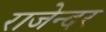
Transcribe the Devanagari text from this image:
राजेन्दर